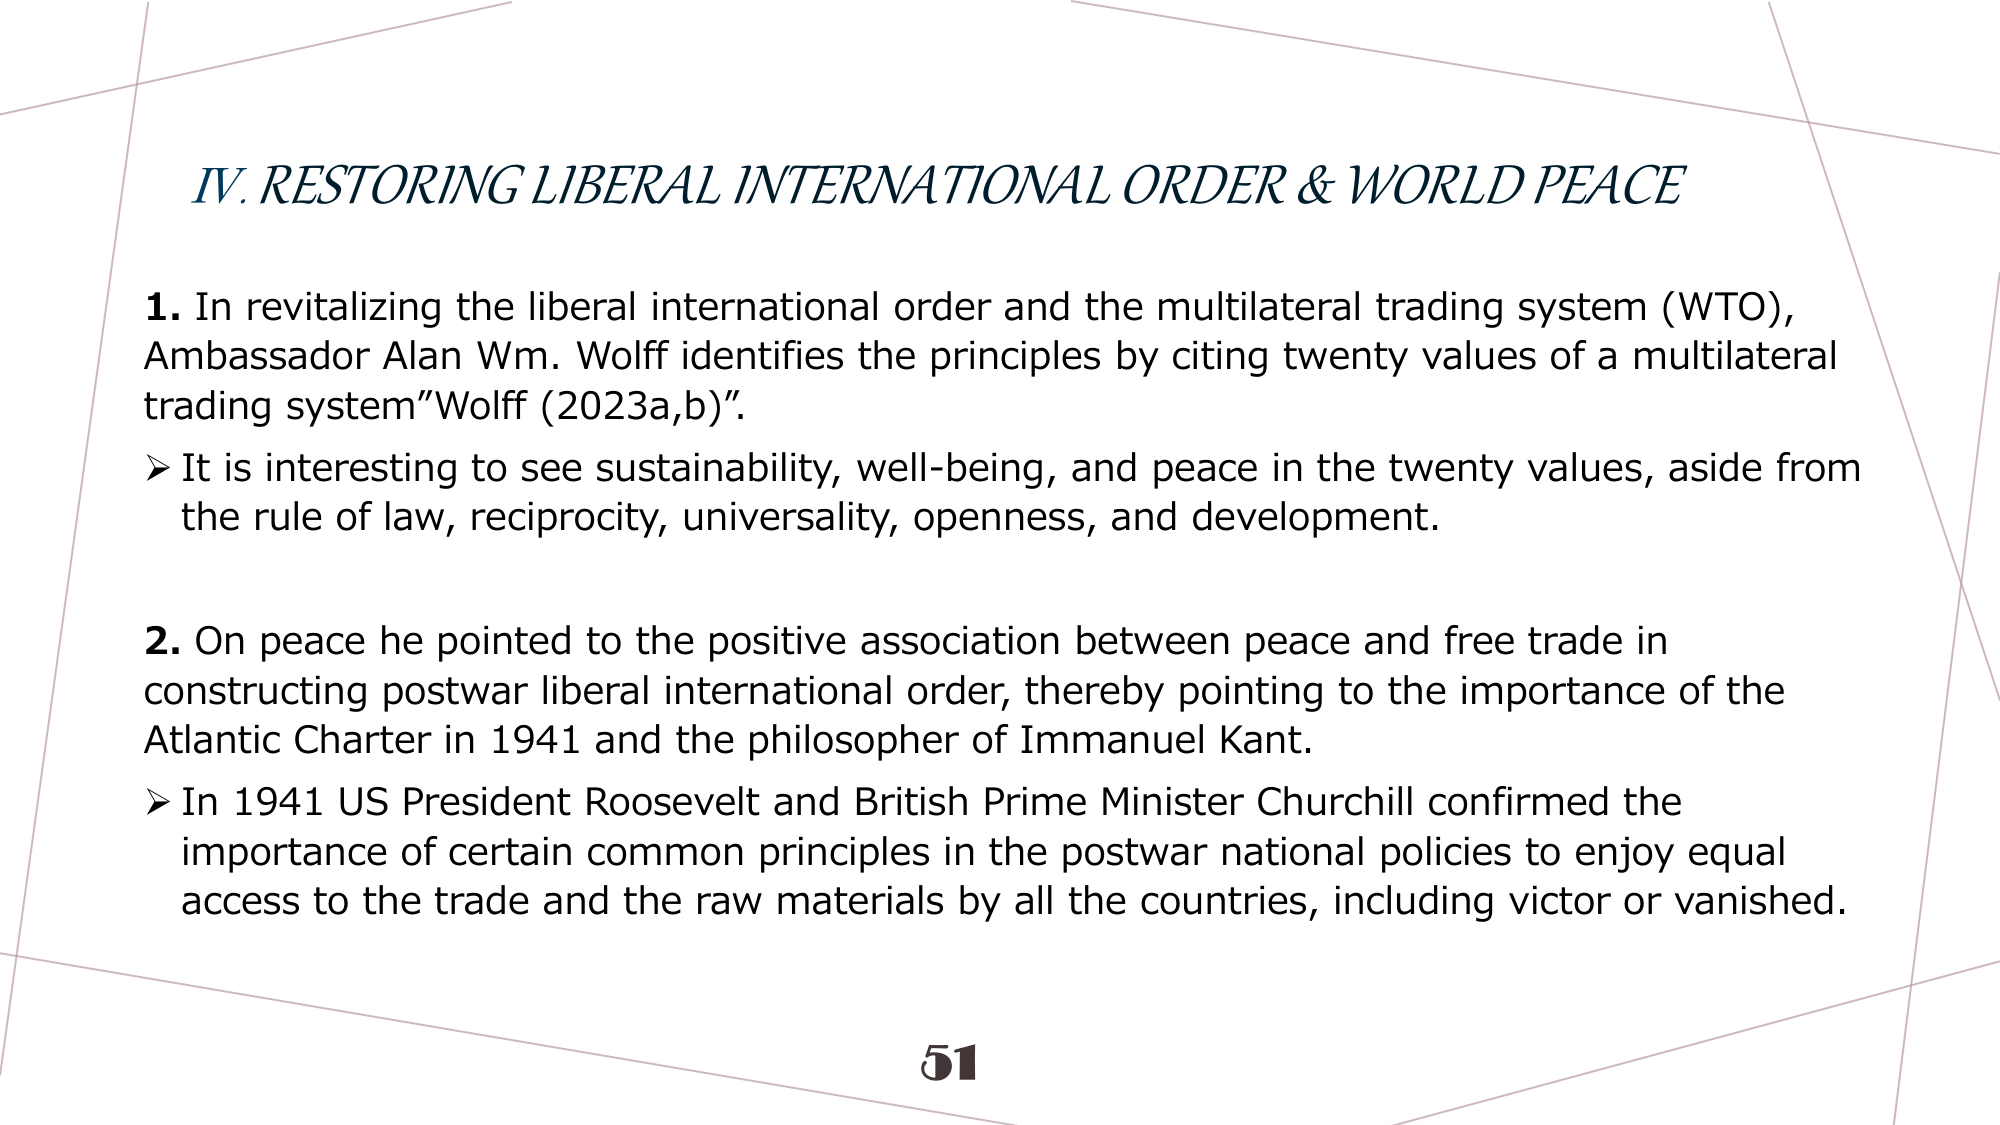
IV. RESTORING LIBERAL INTERNATIONAL ORDER & WORLD PEACE

1. In revitalizing the liberal international order and the multilateral trading system (WTO), Ambassador Alan Wm. Wolff identifies the principles by citing twenty values of a multilateral trading system"Wolff (2023a,b)".
➤ It is interesting to see sustainability, well-being, and peace in the twenty values, aside from the rule of law, reciprocity, universality, openness, and development.

2. On peace he pointed to the positive association between peace and free trade in constructing postwar liberal international order, thereby pointing to the importance of the Atlantic Charter in 1941 and the philosopher of Immanuel Kant.
➤ In 1941 US President Roosevelt and British Prime Minister Churchill confirmed the importance of certain common principles in the postwar national policies to enjoy equal access to the trade and the raw materials by all the countries, including victor or vanished.

51